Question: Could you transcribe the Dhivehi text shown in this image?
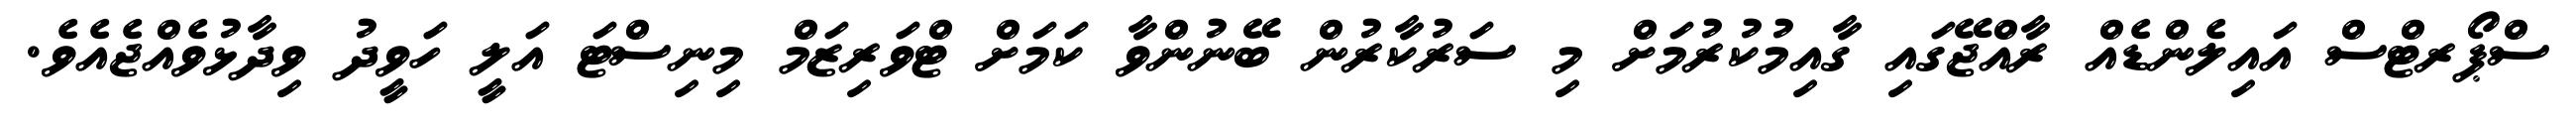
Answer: ސްޕޯރޓްސް އައިލެންޑެއް ރާއްޖޭގައި ގާއިމުކުރުމަށް މި ސަރުކާރުން ބޭނުންވާ ކަމަށް ޓްވަރިޒަމް މިނިސްޓަ އަލީ ހަވީދު ވިދާޅުވެއްޖެއެވެ.